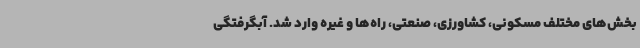
بخش‌های مختلف مسکونی، کشاورزی، صنعتی، راه‌ها و غیره وارد شد. آبگرفتگی